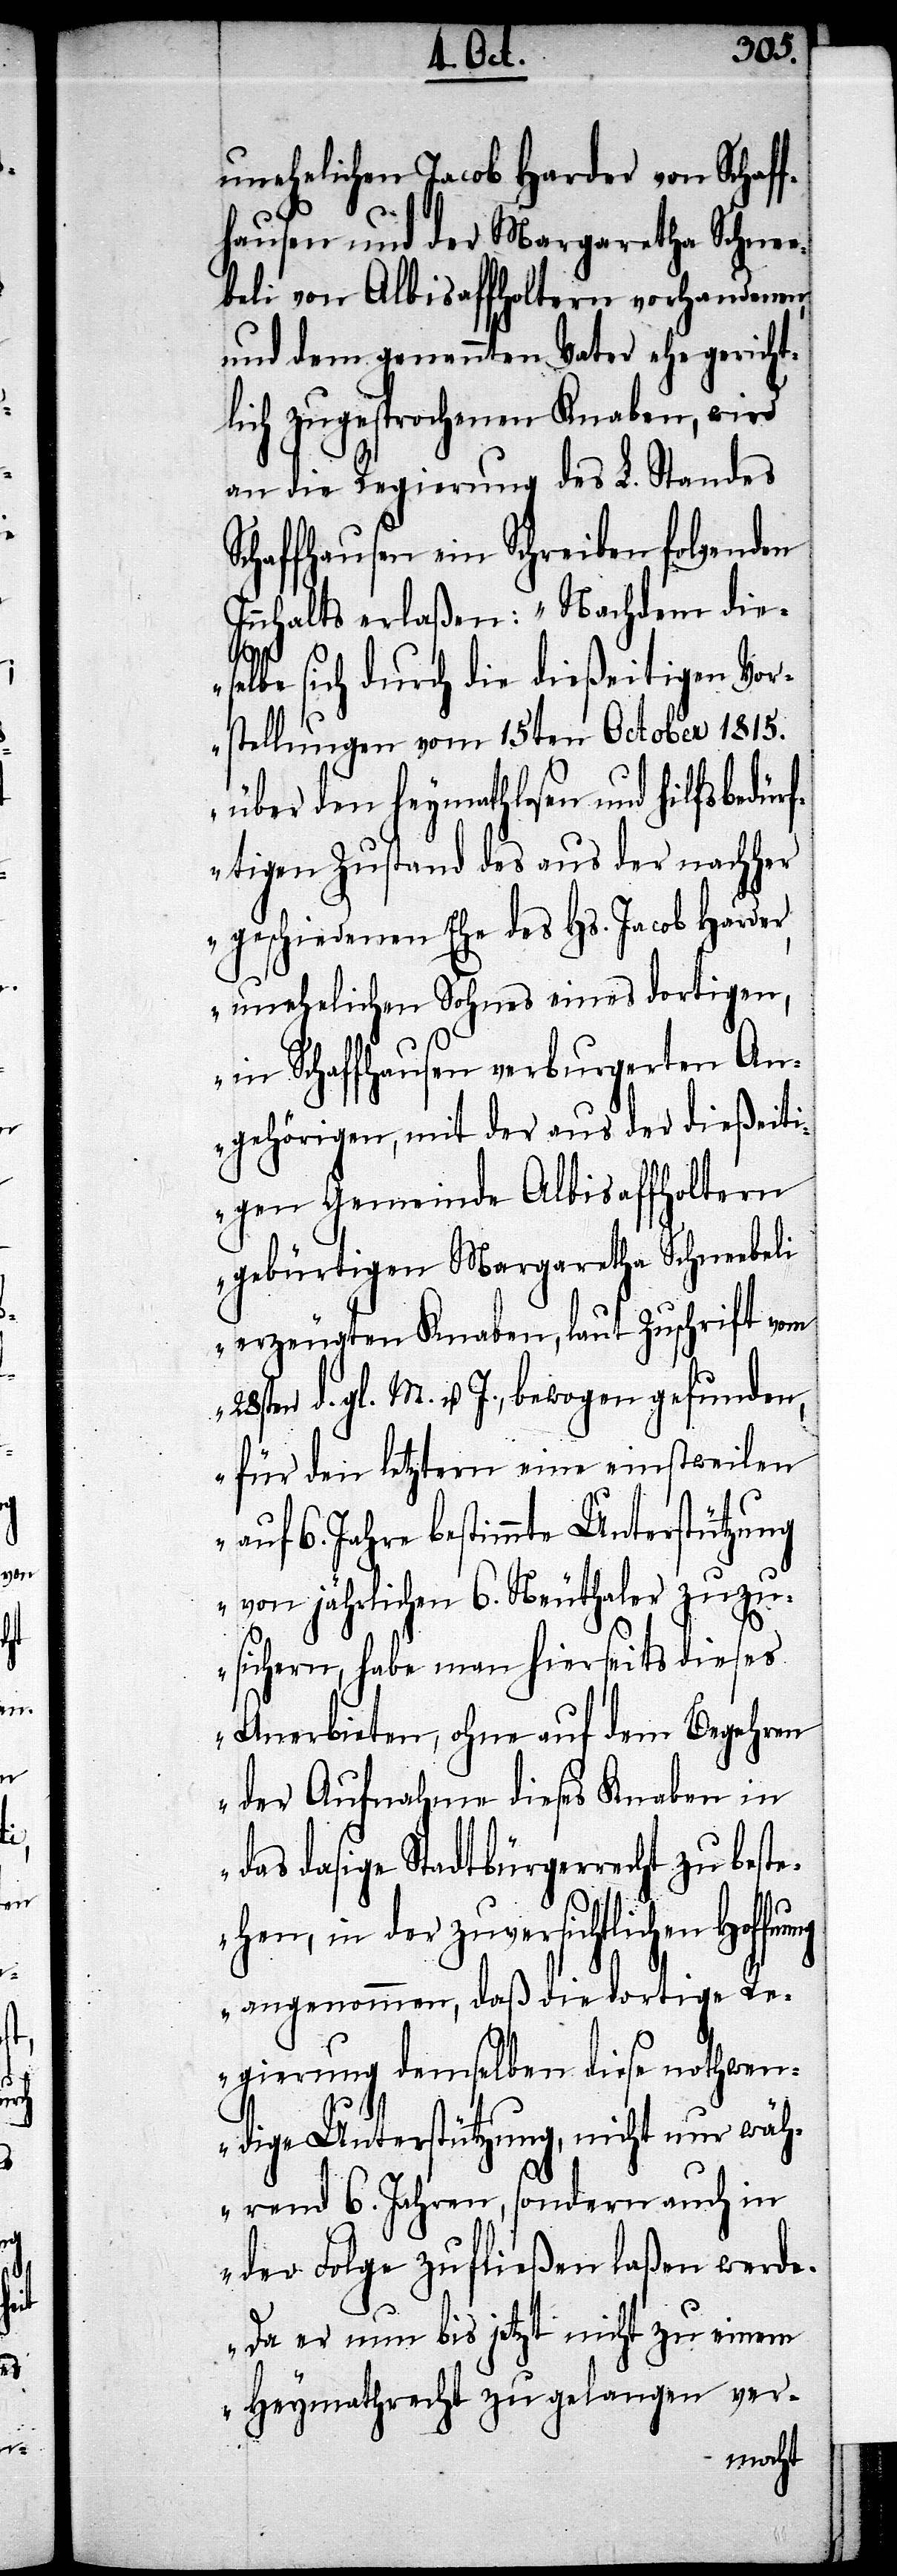
unehelichen Jacob Harder von Schaff¬
hausen und der Margaretha Schne¬
ebeli von Albisaffoltern vorhandenen,
und dem genannten Vater ehegericht¬
lich zugesprochenen Knaben, wird
an die Regierung des L. Standes
Schaffhausen ein Schreiben folgenden
Innhalts erlaßen: „Nachdem die¬
se¬
lbe sich durch eine dießeitigen Vor¬
stellungen vom 15ten October 1815.
über den heymathlosen und hilfsbedürf¬
tigen Zustand des aus der nachher
geschiedenen Ehe des Hs. Jacob Harder,
unehelichen Sohnes eines dortigen,
in Schaffhausen verburgerten An¬
gehörigen, mit der aus der dießeiti¬
gen Gemeinde Albisaffoltern
gebürtigen Margaretha Schneebeli
erzeugten Knaben, laut Zuschrift vom
28sten d. gl. M. v. J., bewogen gefunden,
für den letztern eine einstweilen
auf 6. Jahre bestimmte Unterstützung
von jährlichen 6. Neuthaler zuzu¬
sichern, habe man hierseits dieses
Anerbieten, ohne auf dem Begehren
der Aufnahme dieses Knaben in
das dasige Stadtbürgerrecht zu beste¬
hen, in der zuversichtlichen
angenommen, daß die dortige Re¬
gierung demselben diese nothwen¬
dige Unterstützung, nicht nur wäh¬
rend 6. Jahren, sondern auch in
der Folge zufließen laßen werde.
Da er nun bis jetzt nicht zu einem
Heymathrecht zu gelangen ver-